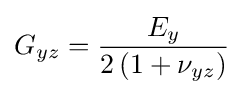
G_{yz}={\frac {E_{y}}{2\left(1+\nu _{yz}\right)}}